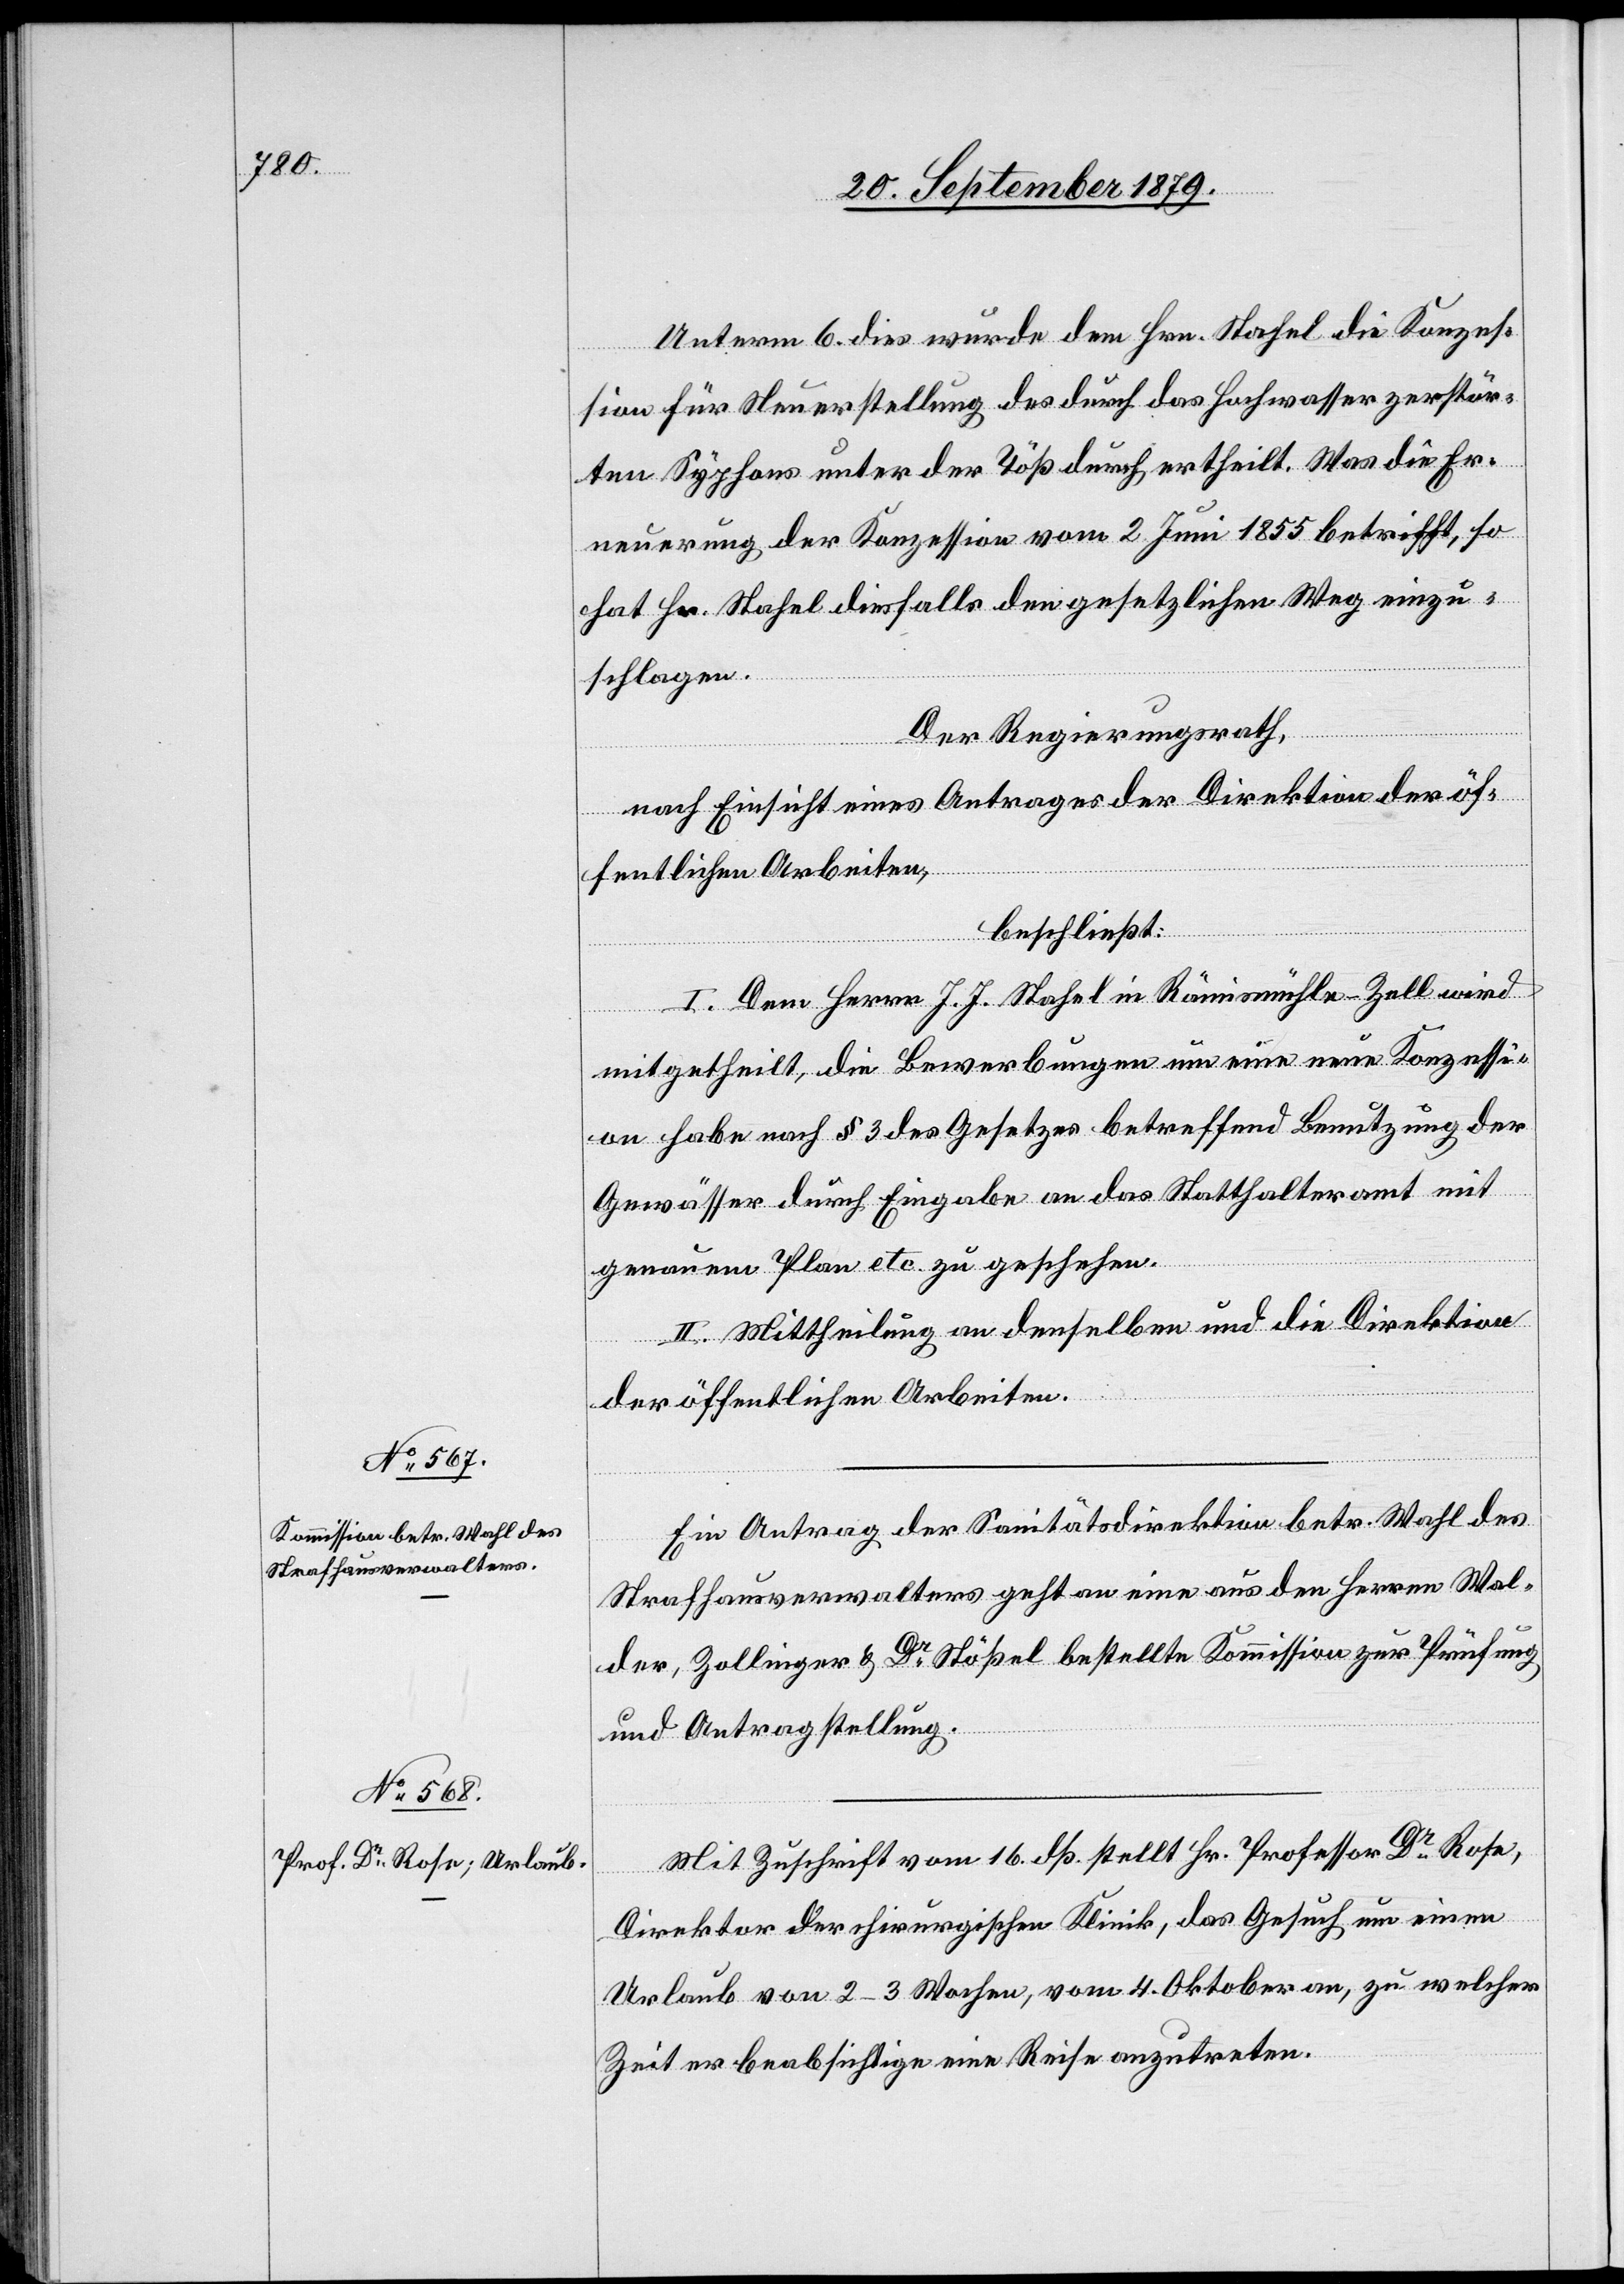
Unterm 6. dies wurde dem Hrn. Stahel die Konzes¬
sion für Neuerstellung des durch das Hochwasser zerstör¬
ten Syphons unter der Töß durch ertheilt. Was die Er¬
neuerung der Konzession vom 2. Juni 1855 betrifft, so
hat Hr. Stahel diesfalls den gesetzlichen Weg einzu¬
schlagen.
Der Regierungsrath,
nach Einsicht eines Antrages der Direktion der öf¬
fentlichen Arbeiten,
beschließt:
I. Dem Herr J. J. Stahel in Rämismühle - Zell wird
mitgetheilt, die Bewerbungen um eine neue Konzessi¬
on habe nach § 3 des Gesetzes betreffend Benutzung der
Gewässer durch Eingabe an das Statthalteramt mit
genauem Plan etc. zu geschehen.
II. Mittheilung an denselben und an die Direktion
der öffentlichen Arbeiten.
Ein Antrag der Sanitätsdirektion betr. Wahl des
Strafhausverwalters geht an eine aus den Herren Wal¬
der, Zollinger & Dr Stößel bestellte Kommission zur Prüfung
und Antragstellung.
Mit Zuschrift vom 16. dß. stellt Hr. Professor Dr Rose,
Direktor der chirurgischen Klinik, das Gesuch um einen
Urlaub von 2–3 Wochen, vom 4. Oktober an, zu welcher
Zeit er beabsichtige eine Reise anzutreten.